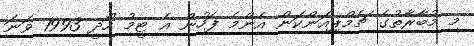
މި މުބާރާތުގެ ޗެމްޕިއަންކަން އެންމެ ފަހުން އެ ޓީމު ހޯދީ 1993 ވަނަ